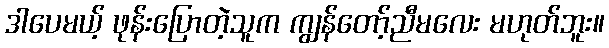
ဒါပေမယ့် ဖုန်းပြောတဲ့သူက ကျွန်တော့်ညီမလေး မဟုတ်ဘူး။